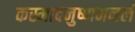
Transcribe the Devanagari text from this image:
कस्मादनुष्णमनलं